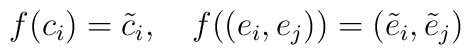
f(c_i)=\tilde c_i,\quad f((e_i,e_j))=(\tilde e_i,\tilde e_j)